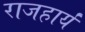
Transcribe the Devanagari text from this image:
राजहार्यं